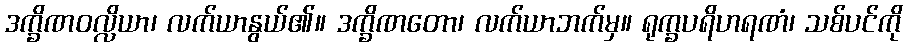
ဒက္ခိဏဝလ္လိယာ၊ လက်ယာနွယ်၏။ ဒက္ခိဏတော၊ လက်ယာဘက်မှ။ ရုက္ခပရိဟရဏံ၊ သစ်ပင်ကို